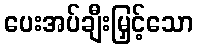
ပေးအပ်ချီးမြှင့်သော